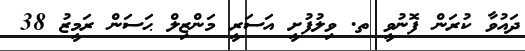
ދައުވާ ކުރަން ފޮނުވީ ތ. ވިލުފުށީ އަސަރީ މަންޒިލް ޙަސަން ރަމީޒު 38